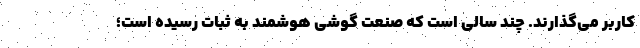
کاربر می‌گذارند. چند سالی است که صنعت گوشی‌ هوشمند به ثبات رسیده است؛